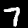
Label: 7